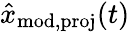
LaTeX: \hat{x}_{\mathrm{mod,proj}}(t)